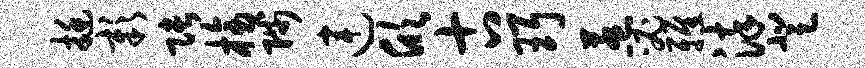
挺彰张榜陟连欣古珥惹必雅染登